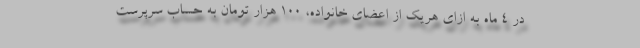
در ۴ ماه به ازای هریک از اعضای خانواده، ۱۰۰ هزار تومان به حساب سرپرست